Medical and sanitary report of the native army of Bengal for the year
Year: 1875
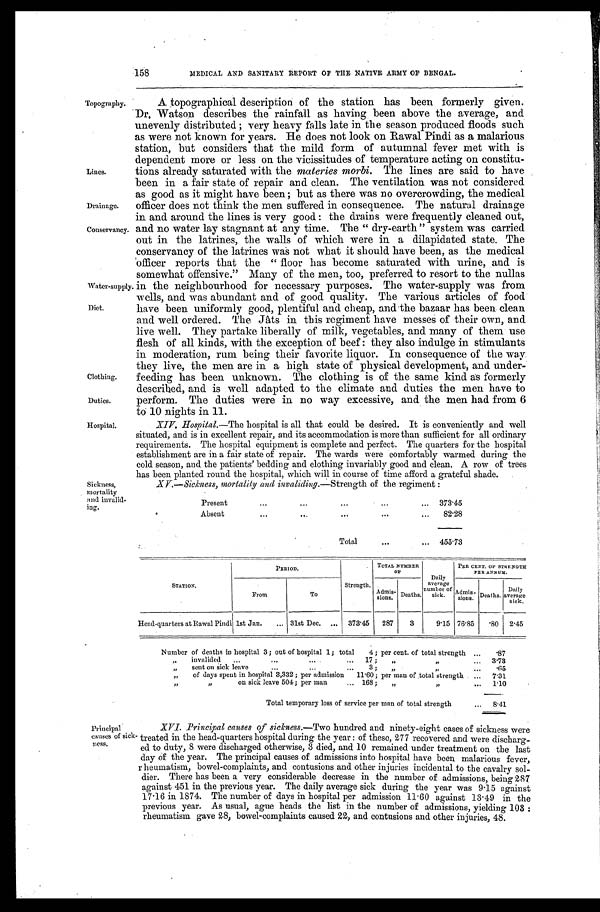
Topography.
Lines.
Drainage.
Conservancy.
Water-supply
Diet.
Clothing.
Duties.
Hospital.
158
MEDICAL AND SANITARY REPORT OF THE NATIVE ARMY OF BENGAL.
Sickness,
mortality
and invalid
-ing.
A topographical description of the station has been formerly given.
Dr. Watson describes the rainfall as having been above the average, and
unevenly distributed; very heavy falls late in the season produced floods such
as were not known for years. He does not look on Rawal Pindi as a malarious
station, but considers that the mild form of autumnal fever met with is
dependent more or less on the vicissitudes of temperature acting on constitu
-tions already saturated with the materies morbi. The lines are said to have
been in a fair state of repair and clean. The ventilation was not considered
as good as it might have been; but as there was no overcrowding, the medical
officer does not think the men suffered in consequence. The natural drainage
in and around the lines is very good: the drains were frequently cleaned out,
and no water lay stagnant at any time. The "dry-earth" system was carried
out in the latrines, the walls of which were in a dilapidated state. The
conservancy of the latrines was not what it should have been, as the medical
officer reports that the "floor has become saturated with urine, and is
somewhat offensive." Many of the men, too, preferred to resort to the nullas
in the neighbourhood for necessary purposes. The water-supply was from
wells, and was abundant and of good quality. The various articles of food
have been uniformly good, plentiful and cheap, and the bazaar has been clean
and well ordered. The Jâts in this regiment have messes of their own, and
live well. They partake liberally of milk, vegetables, and many of them use
flesh of all kinds, with the exception of beef: they also indulge in stimulants
in moderation, rum being their favorite liquor. In consequence of the way
they live, the men are in a high state of physical development, and under
-feeding has been unknown. The clothing is of the same kind as formerly
described, and is well adapted to the climate and duties the men have to
perform. The duties were in no way excessive, and the men had from 6
to 10 nights in 11.
XIV. Hospital.—The hospital is all that could be desired. It is conveniently and well
situated, and is in excellent repair, and its accommodation is more than sufficient for all ordinary
requirements. The hospital equipment is complete and perfect. The quarters for the hospital
establishment are in a fair state of repair. The wards were comfortably warmed during the
cold season, and the patients' bedding and clothing invariably good and clean. A row of trees
has been planted round the hospital, which will in course of time afford a grateful shade.
XV.—Sickness, mortality and invaliding .—Strength of the regiment:
Present . . .
373.45
Absent
.
.
.
82.28
Total . . . 455.73
STATION.
PERIOD.
Strength.
TOTAL NUMBER OF
Daily
average
number of
sick.
PER CENT. OF STRENGTH
PER ANNUM.
From
To
Admis-
sions. Deaths.
Admis-
sions. Deaths.
Daily
average
sick.
Head-quarters at Rawal Pindi 1st Jan. . . .
31st Dec.
. . . 373.45
287
3
9.15 76.85
.80 2.45
Number of deaths in hospital 3; out of hospital 1; total 4; per cent. of total strength . . .
.87
" i n v a l i d e d . . . 1 7 ; " " . . .
3.73
" s e n t o n s i c k l e a v e . . . 3 ; " " . . .
.65
" of days spent in hospital 3,332; per admission 11.60; per man of total strength . . .
7.31
" " o n s i c k l e a v e 5 0 4 ; p e r m a n . . . 1 6 8 ; " " . . . 1.10
Total temporary loss of service per man of total strength . . .
8.41
Principal
causes of sick
-ness.
XVI. Principal causes of sickness .—Two hundred and ninety-eight cases of sickness were
treated in the head-quarters hospital during the year: of these, 277 recovered and were discharg
-ed to duty, 8 were discharged otherwise, 3 died, and 10 remained under treatment on the last
day of the year. The principal causes of admissions into hospital have been malarious fever,
rheumatism, bowel-complaints, and contusions and other injuries incidental to the cavalry sol
-dier. There has been a very considerable decrease in the number of admissions, being 287
against 451 in the previous year. The daily average sick during the year was 9.15 against
17.16 in 1874. The number of days in hospital per admission 11.60 against 13.49 in the
previous year. As usual, ague heads the list in the number of admissions, yielding 103:
rheumatism gave 28, bowel-complaints caused 22, and contusions and other injuries, 48.